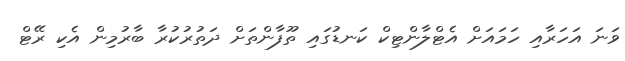
ވަނަ އަހަރާއި ހަމައަށް އެޓްލާންޓިކް ކަނޑުގައި ތޫފާންތަށް ދަތުރުކުރާ ބާރުމިން އެކި ރޭޓް